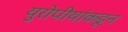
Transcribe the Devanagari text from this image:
युरोपीयांकडून